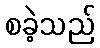
စခဲ့သည်